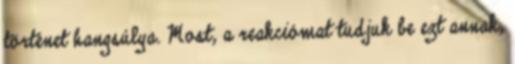
történet hangsúlya. Most, a reakciómat tudjuk be ezt annak,